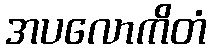
အပလောကိတံ